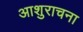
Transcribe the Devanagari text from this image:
आशुराचना